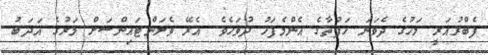
ފެބްރުއަރީ މަހުގެ ދެވަނަ ހަފުތާގެ އެންމެފަހު ދުވަހެވެ. އެރޭ ވެލަންޓައިންސަށް މަރުގެ އަދަބު